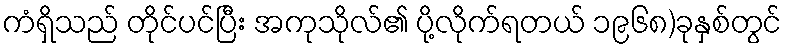
ကံရှိသည် တိုင်ပင်ပြီး အကုသိုလ်၏ ပို့လိုက်ရတယ် ၁၉၆၈)ခုနှစ်တွင်